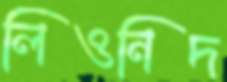
লিওনিদ